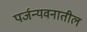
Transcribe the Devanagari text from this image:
पर्जन्यवनातील